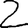
Digit: 2